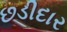
છડીદાર